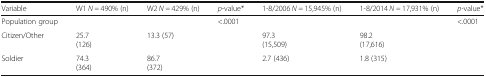
<table><thead><tr><td><b>Variable</b></td><td><b>W1 <i>N =</i> 490% (n)</b></td><td><b>W2 <i>N =</i> 429% (n)</b></td><td><b><i>p-</i>value*</b></td><td><b>1-8/2006 <i>N =</i> 15,945% (n)</b></td><td><b>1-8/2014 <i>N =</i> 17,931% (n)</b></td><td><b><i>p-</i>value*</b></td></tr></thead><tbody><tr><td>Population group</td><td></td><td></td><td>&lt;.0001</td><td></td><td></td><td>&lt;.0001</td></tr><tr><td>Citizen/Other</td><td>25.7(126)</td><td>13.3 (57)</td><td></td><td>97.3(15,509)</td><td>98.2(17,616)</td><td></td></tr><tr><td>Soldier</td><td>74.3(364)</td><td>86.7(372)</td><td></td><td>2.7 (436)</td><td>1.8 (315)</td><td></td></tr></tbody></table>